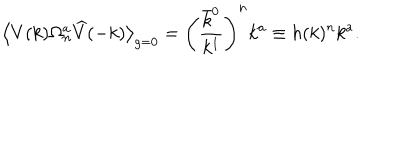
\big \langle V ( k ) \Omega _ { n } ^ { a } \widehat { V } ( - k ) \big \rangle _ { g = 0 } = \left( \frac { \bar { k } ^ { 0 } } { k ^ { 1 } } \right) ^ { n } k ^ { a } \equiv h ( k ) ^ { n } k ^ { a } .